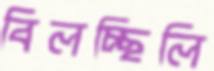
বিলচ্ছিলি